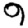
Digit: 9